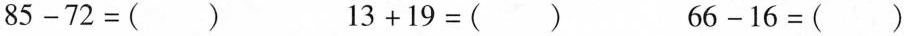
85-72=() 13+19=() 66-16=()